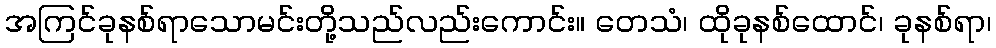
အကြင်ခုနစ်ရာသောမင်းတို့သည်လည်းကောင်း။ တေသံ၊ ထိုခုနစ်ထောင်၊ ခုနစ်ရာ၊